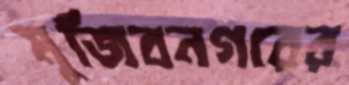
মুজিবনগরের